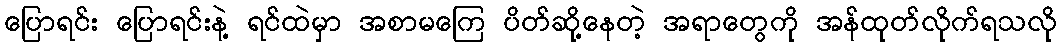
ပြောရင်း ပြောရင်းနဲ့ ရင်ထဲမှာ အစာမကြေ ပိတ်ဆို့နေတဲ့ အရာတွေကို အန်ထုတ်လိုက်ရသလို